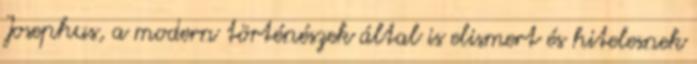
Josephus, a modern történészek által is elismert és hitelesnek